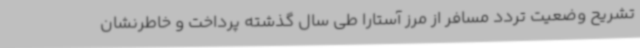
تشریح وضعیت تردد مسافر از مرز آستارا طی سال گذشته پرداخت و خاطرنشان